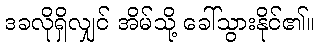
ဒခလိုရှိလျှင် အိမ်သို့ ခေါ်သွားနိုင်၏။